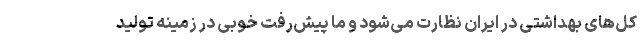
کل‌های بهداشتی در ایران نظارت می‌شود و ما پیش‌رفت خوبی در زمینه تولید